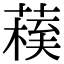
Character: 𦺀